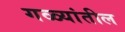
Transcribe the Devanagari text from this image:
गळ्यांतील